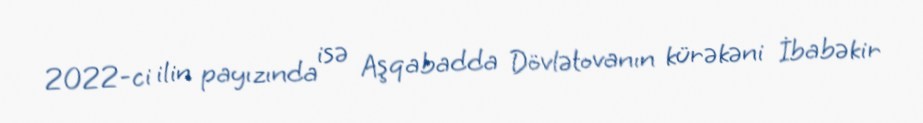
2022-ci ilin payızında isə Aşqabadda Dövlətovanın kürəkəni İbabəkir